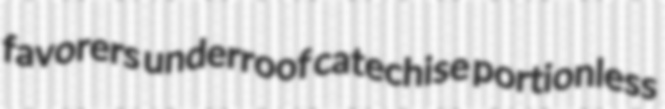
favorers underroof catechise portionless